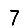
Digit: 7